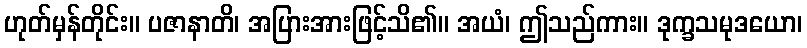
ဟုတ်မှန်တိုင်း။ ပဇာနာတိ၊ အပြားအားဖြင့်သိ၏။ အယံ၊ ဤသည်ကား။ ဒုက္ခသမုဒယော၊